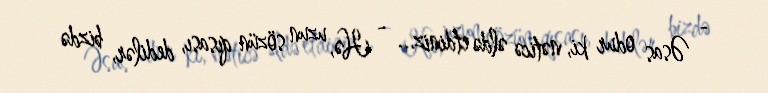
- Əsas odur ki, nəticə əldə etdiniz... - Hə, uzun sözün qısası, dedilər, bizdə